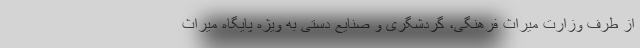
از طرف وزارت میراث فرهنگی، گردشگری و صنایع دستی به ویژه پایگاه میراث